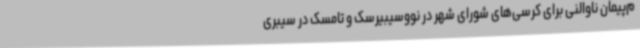
م‌پیمان ناوالنی برای کرسی‌های شورای شهر در نووسیبیرسک و تامسک در سیبری